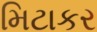
મિટાકર